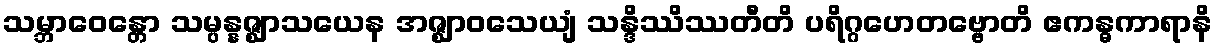
သမ္ဘာဝေန္တော သမ္ပန္နဇ္ဈာသယေန အဇ္ဈာဝသေယျံ သန္ဒိဿိဿတီတိ ပရိဂ္ဂဟေတဗ္ဗောတိ ဧကန္ဓကာရာနိ